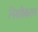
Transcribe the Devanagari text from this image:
निशाीकरण